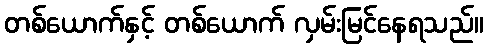
တစ်ယောက်နှင့် တစ်ယောက် လှမ်းမြင်နေရသည်။